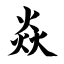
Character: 焱